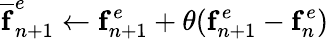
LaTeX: \mathbf{\overline{{f}}}_{n+1}^{e}\leftarrow\mathbf{f}_{n+1}^{e}+\theta(\mathbf{f}_{n+1}^{e}-\mathbf{f}_{n}^{e})